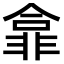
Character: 𫕽